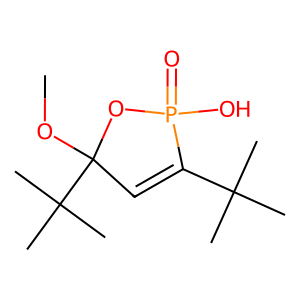
SMILES: COC1(C(C)(C)C)C=C(C(C)(C)C)P(=O)(O)O1
Inhibits HIV replication: No